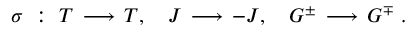
\sigma ~ : ~ T \, \longrightarrow \, T , ~ ~ ~ J \, \longrightarrow \, - J , ~ ~ ~ G ^ { \pm } \, \longrightarrow \, G ^ { \mp } ~ .